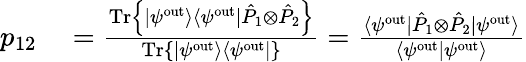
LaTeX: \begin{array}{rl}{p_{12}}&{{}=\frac{\mathrm{Tr}\left\{ |\psi^{\mathrm{out}}\rangle\langle\psi^{\mathrm{out}}|\hat{P}_{1}\otimes\hat{P}_{2}\right\} }{\mathrm{Tr}\left\{ |\psi^{\mathrm{out}}\rangle\langle\psi^{\mathrm{out}}|\right\} }=\frac{\langle\psi^{\mathrm{out}}|\hat{P}_{1}\otimes\hat{P}_{2}|\psi^{\mathrm{out}}\rangle}{\langle\psi^{\mathrm{out}}|\psi^{\mathrm{out}}\rangle}}\end{array}